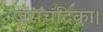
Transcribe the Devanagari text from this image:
जसचंद्रिका।